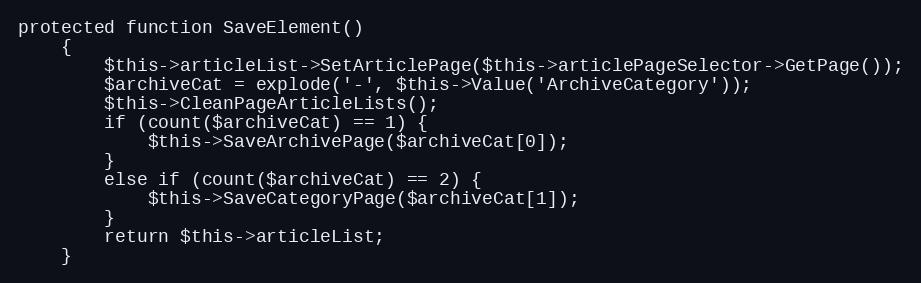
Language: PHP
protected function SaveElement()
    {
        $this->articleList->SetArticlePage($this->articlePageSelector->GetPage());
        $archiveCat = explode('-', $this->Value('ArchiveCategory'));
        $this->CleanPageArticleLists();
        if (count($archiveCat) == 1) {
            $this->SaveArchivePage($archiveCat[0]);
        }
        else if (count($archiveCat) == 2) {
            $this->SaveCategoryPage($archiveCat[1]);
        }
        return $this->articleList;
    }